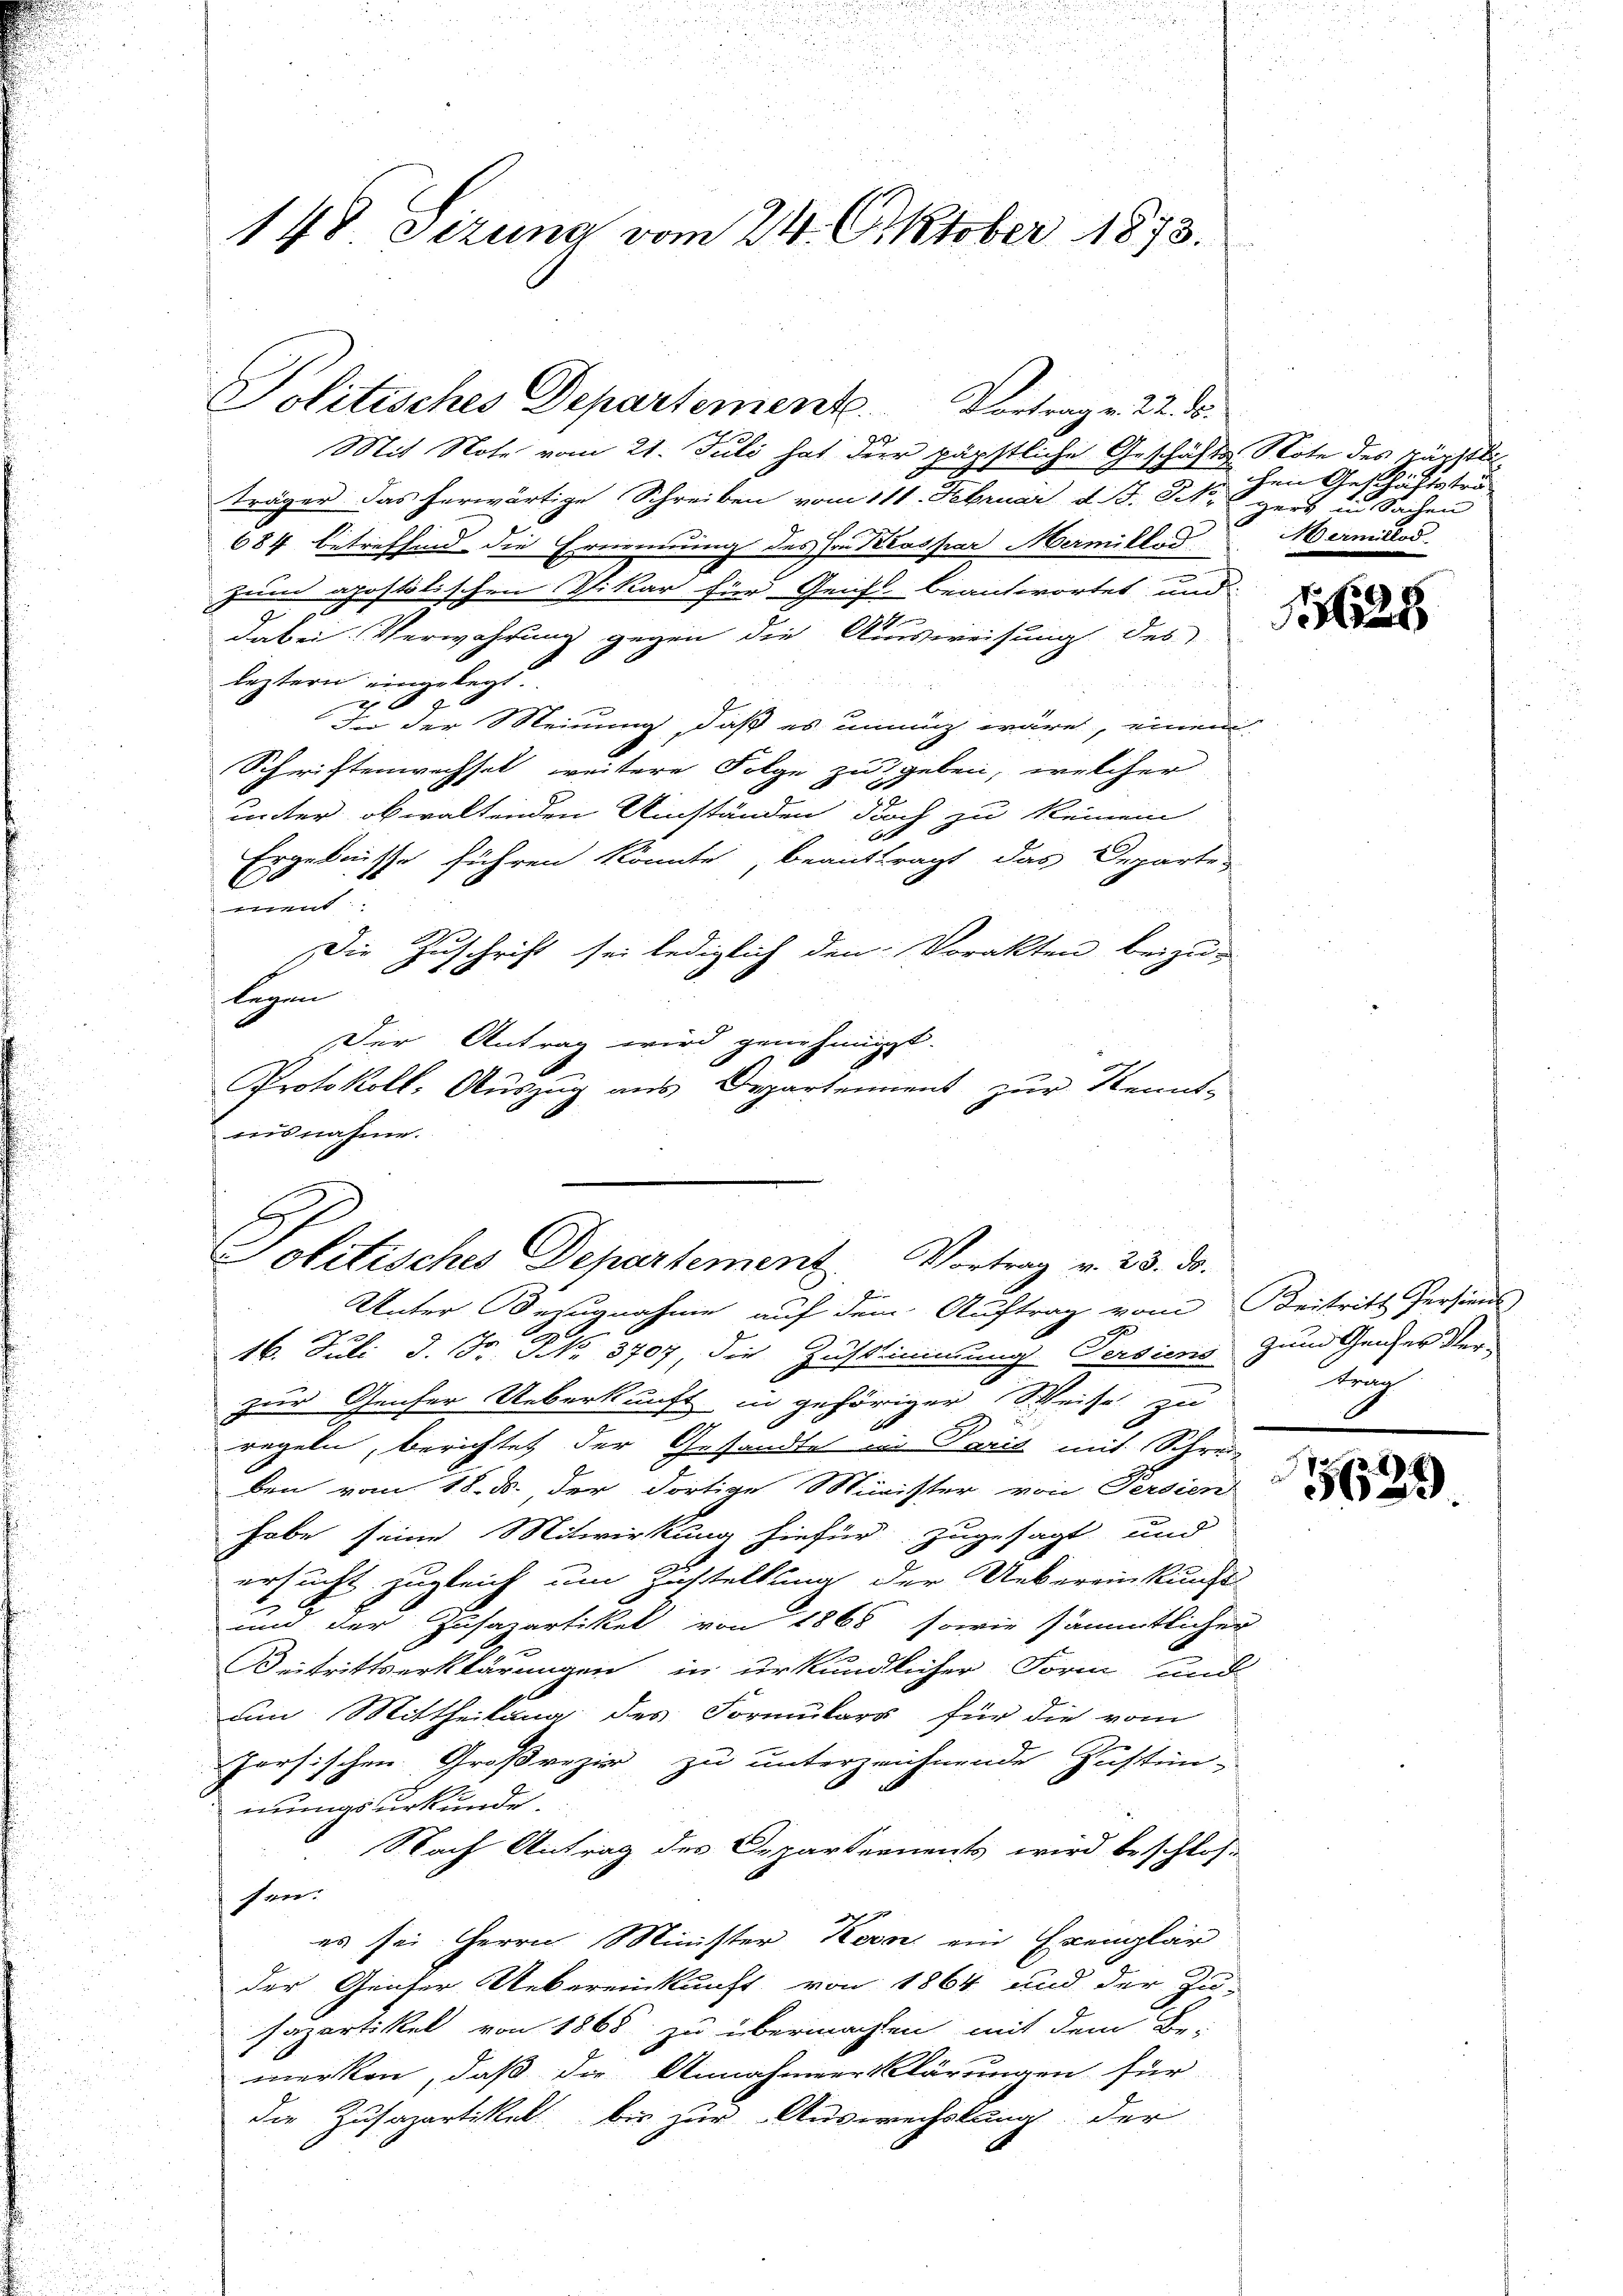
148 Sizung vom 24. Oktober 1873.

Politisches Departement. Vortrag v. 22. d.

Mit Note vom 21. Juli hat der päpstliche Geschäfts Note des Käpstliträger das herwärtige Schreiben vom 111. Februar d. J. Morgers in Sachen
684 betreffend die Ernennung des Hrn. Kaspar Mermille d
zum apostolischen Vikar für Geist beantwortet und
2
dabei Verwahrung gegen die Ausweisung des
leztern eingelegt.
8
In der Meinung, daß es innig wäre, einem
Schriftenwechsel weitere Folge zu geben, welcher
unter obwaltenden Umständen doch zu keinem
Ergebnisse führen könnte, beantragt das Departe
men
Die Zuschrift sei lediglich den Vorakten beizu-
legen
Der Antrag wird genehmigt.
Protokoll. Auszug aus Departement zur Kennt-
iisnahme.

x
Politisches Departement Vortrag v. 23. ds.
2

9

Unter Bezugnahme auf dem Auftrag vom Beitritt Persiens
16. Juli d. Dr NNo. 3707, die Zustimmung Versieno zum Geiser Ver-
zur Genfer Ueberkunft in gehöriger Weise zu
regeln, berichtet der Gesandte in Paris mit Schreie
ben vom 18. d. der dortige Minister von Persien
habe seine Mitwirkung hiefür zugesagt und
ersucht zugleich um Zustellung der Uebereinkunft
und der Zusapartikel von 1868, sowie sämmtlicher
Beitrittserklärungen in urkundlicher Form und
am Mittheilung des Formulars für die vom
Jersischen Großrezier zu unterzeichnende Justim-
numas urkunde.
Nach Antrag des Departements wird beschlos-
sen.
es sei Herrn Minister Kevar ein Exemplar
der Genfer Uebereinkunft von 1864 und der Zu-
Fapartikel von 1868 zu übermachen mit dem Be-
merken, daß die Annahmeerklärungen für
der Zusapartikel bis zur Auswechslung der

chen Geschäftstra
Wermillod

1628

tran

a

E
5633